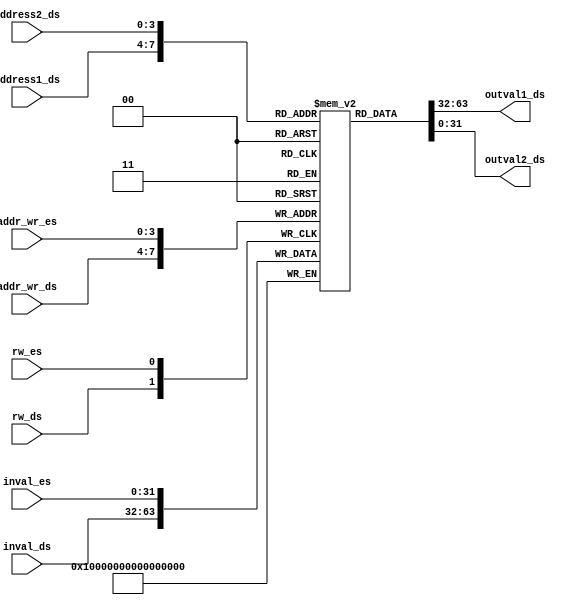
module RegisterBank(
	// read from DecodeStage
	input[3:0] address1_ds, input[3:0] address2_ds,
	output reg[31:0]outval1_ds, output reg[31:0]outval2_ds,

	// write from DecodeStage
	input rw_ds, input[31:0] inval_ds, input[3:0] addr_wr_ds,

	// write from ExecuteStage
	input rw_es, input[31:0] inval_es, input[3:0] addr_wr_es
 );

reg[31:0] registers [15:0];
reg[4:0] i;

initial begin  // clear registers in beginning
	i = 0;
	repeat(16) begin
		registers[i] = 32'd0;
		i = i + 1;
	end
end

always @(*) begin
	outval1_ds <= registers[address1_ds];
end

always @(*) begin
	outval2_ds <= registers[address2_ds];
end

always @(posedge rw_ds) begin
	registers[addr_wr_ds] <= inval_ds;
end

always @(posedge rw_es) begin
	registers[addr_wr_es] <= inval_es;
end


endmodule